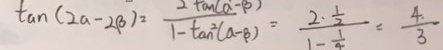
\tan ( 2 a - 2 \beta ) = \frac { 2 \tan ( a - \beta ) } { 1 - \tan ^ { 2 } ( a - \beta ) } = \frac { 2 \times \frac { 1 } { 2 } } { 1 - \frac { 1 } { 4 } } = \frac { 4 . } { 3 }